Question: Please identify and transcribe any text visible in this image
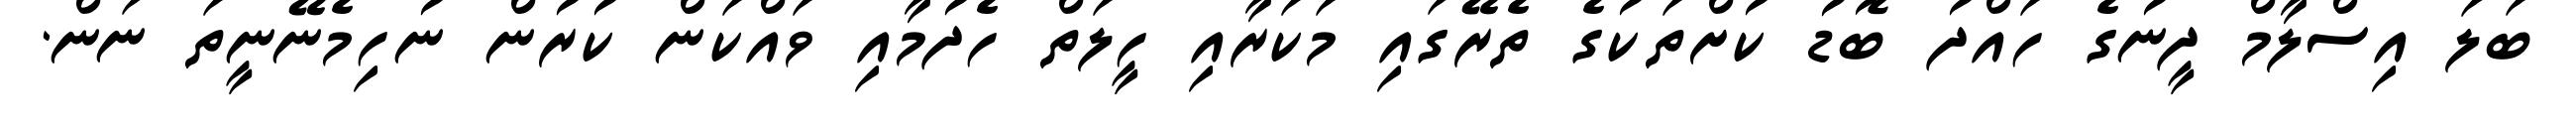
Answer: ބަލަ އިސްލާމް ދީނުގެ ހައްދު ބޮޑު ކުށްތަކުގެ ތެރޭގައި މަކަރާއި ހީލަތް ހެދުމާއި ވައްކަން ކުރުން ނުހިމެނޭނީތަ ނަން.